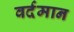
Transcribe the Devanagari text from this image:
वर्दमान